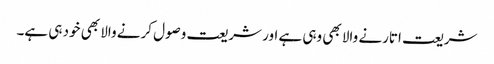
شریعت اتارنے والا بھی وہی ہے اور شریعت وصول کرنے والا بھی خود ہی ہے۔